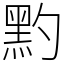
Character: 䵠